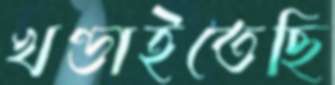
খণ্ডাইতেছি